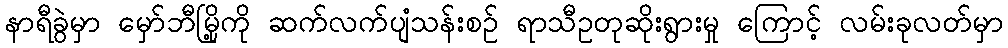
နာရီခွဲမှာ မှော်ဘီမြို့ကို ဆက်လက်ပျံသန်းစဉ် ရာသီဥတုဆိုးရွားမှု ကြောင့် လမ်းခုလတ်မှာ